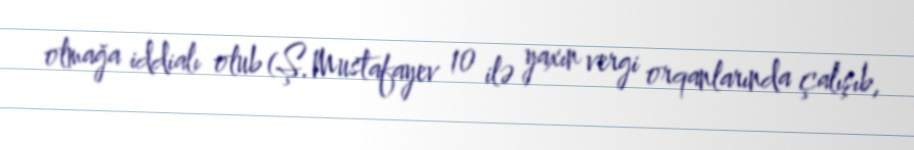
olmağa iddialı olub (Ş.Mustafayev 10 ilə yaxın vergi orqanlarında çalışıb,